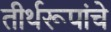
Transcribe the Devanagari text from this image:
तीर्थरूपांचे